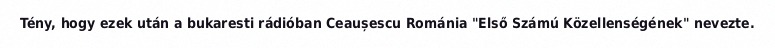
Tény, hogy ezek után a bukaresti rádióban Ceaușescu Románia "Első Számú Közellenségének" nevezte.